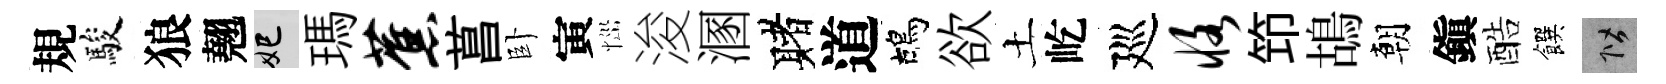
規駿狼翹妃瑪蕉菖卧寅𢙉浚溷赌道鴣欲土屹廵恪笻鴣朝鎭酷饌階